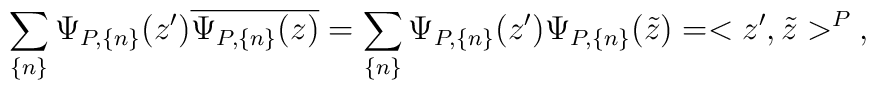
\sum_{\{n\}}\Psi_{P,\{n\}}(z')\overline{\Psi_{P,\{n\}}(z)}=\sum_{\{n\}}\Psi_{P,\{n\}}(z')\Psi_{P,\{n\}}(\tilde{z})=<z',\tilde{z}>^{P}\:,